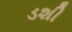
ડશી